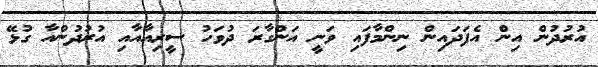
އުރުދުން އިން އެފަދައިން ނިންމާފައި ވަނީ އަންގާރަ ދުވަހު ސީރިއާއާއި އުރުދުންއާ ގުޅޭ